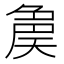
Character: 𡙝